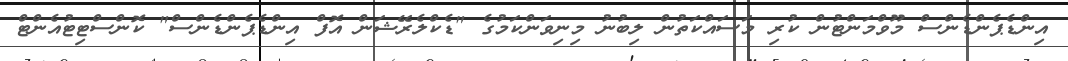
އިންޑެޕެންޑެންސް މޫވްމަންޓުން ކުރި މަސައްކަތުން ލިބުނު މިނިވަންކަމުގެ "ޑެކްލެރޭޝަން އޮފް އިންޑެޕެންޑެންސް" ކޮންސްޓިޓުއެންޓް